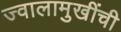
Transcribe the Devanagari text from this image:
ज्वालामुखींची